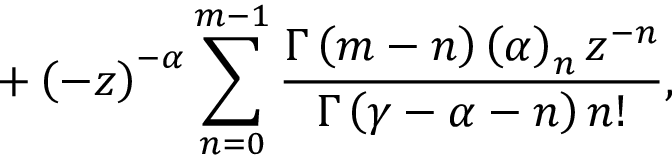
+ \left( - z \right) ^ { - \alpha } \sum _ { n = 0 } ^ { m - 1 } \frac { \Gamma \left( m - n \right) \left( \alpha \right) _ { n } z ^ { - n } } { \Gamma \left( \gamma - \alpha - n \right) n ! } ,